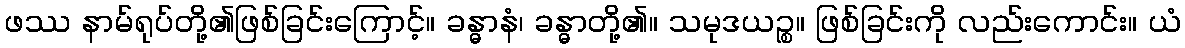
ဖဿ နာမ်ရုပ်တို့၏ဖြစ်ခြင်းကြောင့်။ ခန္ဓာနံ၊ ခန္ဓာတို့၏။ သမုဒယဉ္စ။ ဖြစ်ခြင်းကို လည်းကောင်း။ ယံ